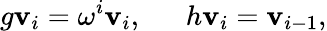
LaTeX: g\mathbf{v}_{i}=\omega^{i}\mathbf{v}_{i},~~~~~~h\mathbf{v}_{i}=\mathbf{v}_{i-1},